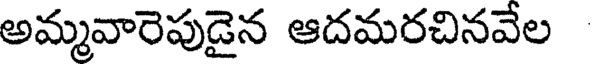
అమ్మవారెపుడైన ఆదమరచినవేల